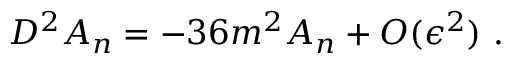
D ^ { 2 } A _ { n } = - 3 6 m ^ { 2 } A _ { n } + { \cal O } ( \epsilon ^ { 2 } ) \ .